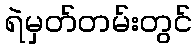
ရဲမှတ်တမ်းတွင်